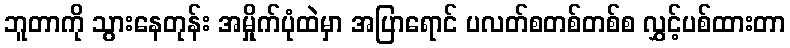
ဘူတာကို သွားနေတုန်း အမှိုက်ပုံထဲမှာ အပြာရောင် ပလတ်စတစ်တစ်စ လွှင့်ပစ်ထားတာ